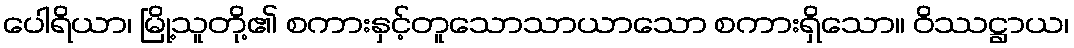
ပေါရိယာ၊ မြို့သူတို့၏ စကားနှင့်တူသောသာယာသော စကားရှိသော။ ဝိဿဋ္ဌာယ၊